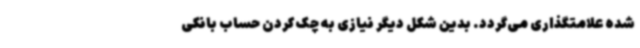
شده علامتگذاری می‌گردد. بدین شکل دیگر نیازی به چک کردن حساب بانکی